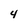
Character: 4